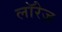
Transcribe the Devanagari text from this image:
लॉरेज़